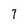
Character: 7